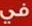
في